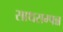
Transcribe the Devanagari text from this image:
साथसम्पन्न